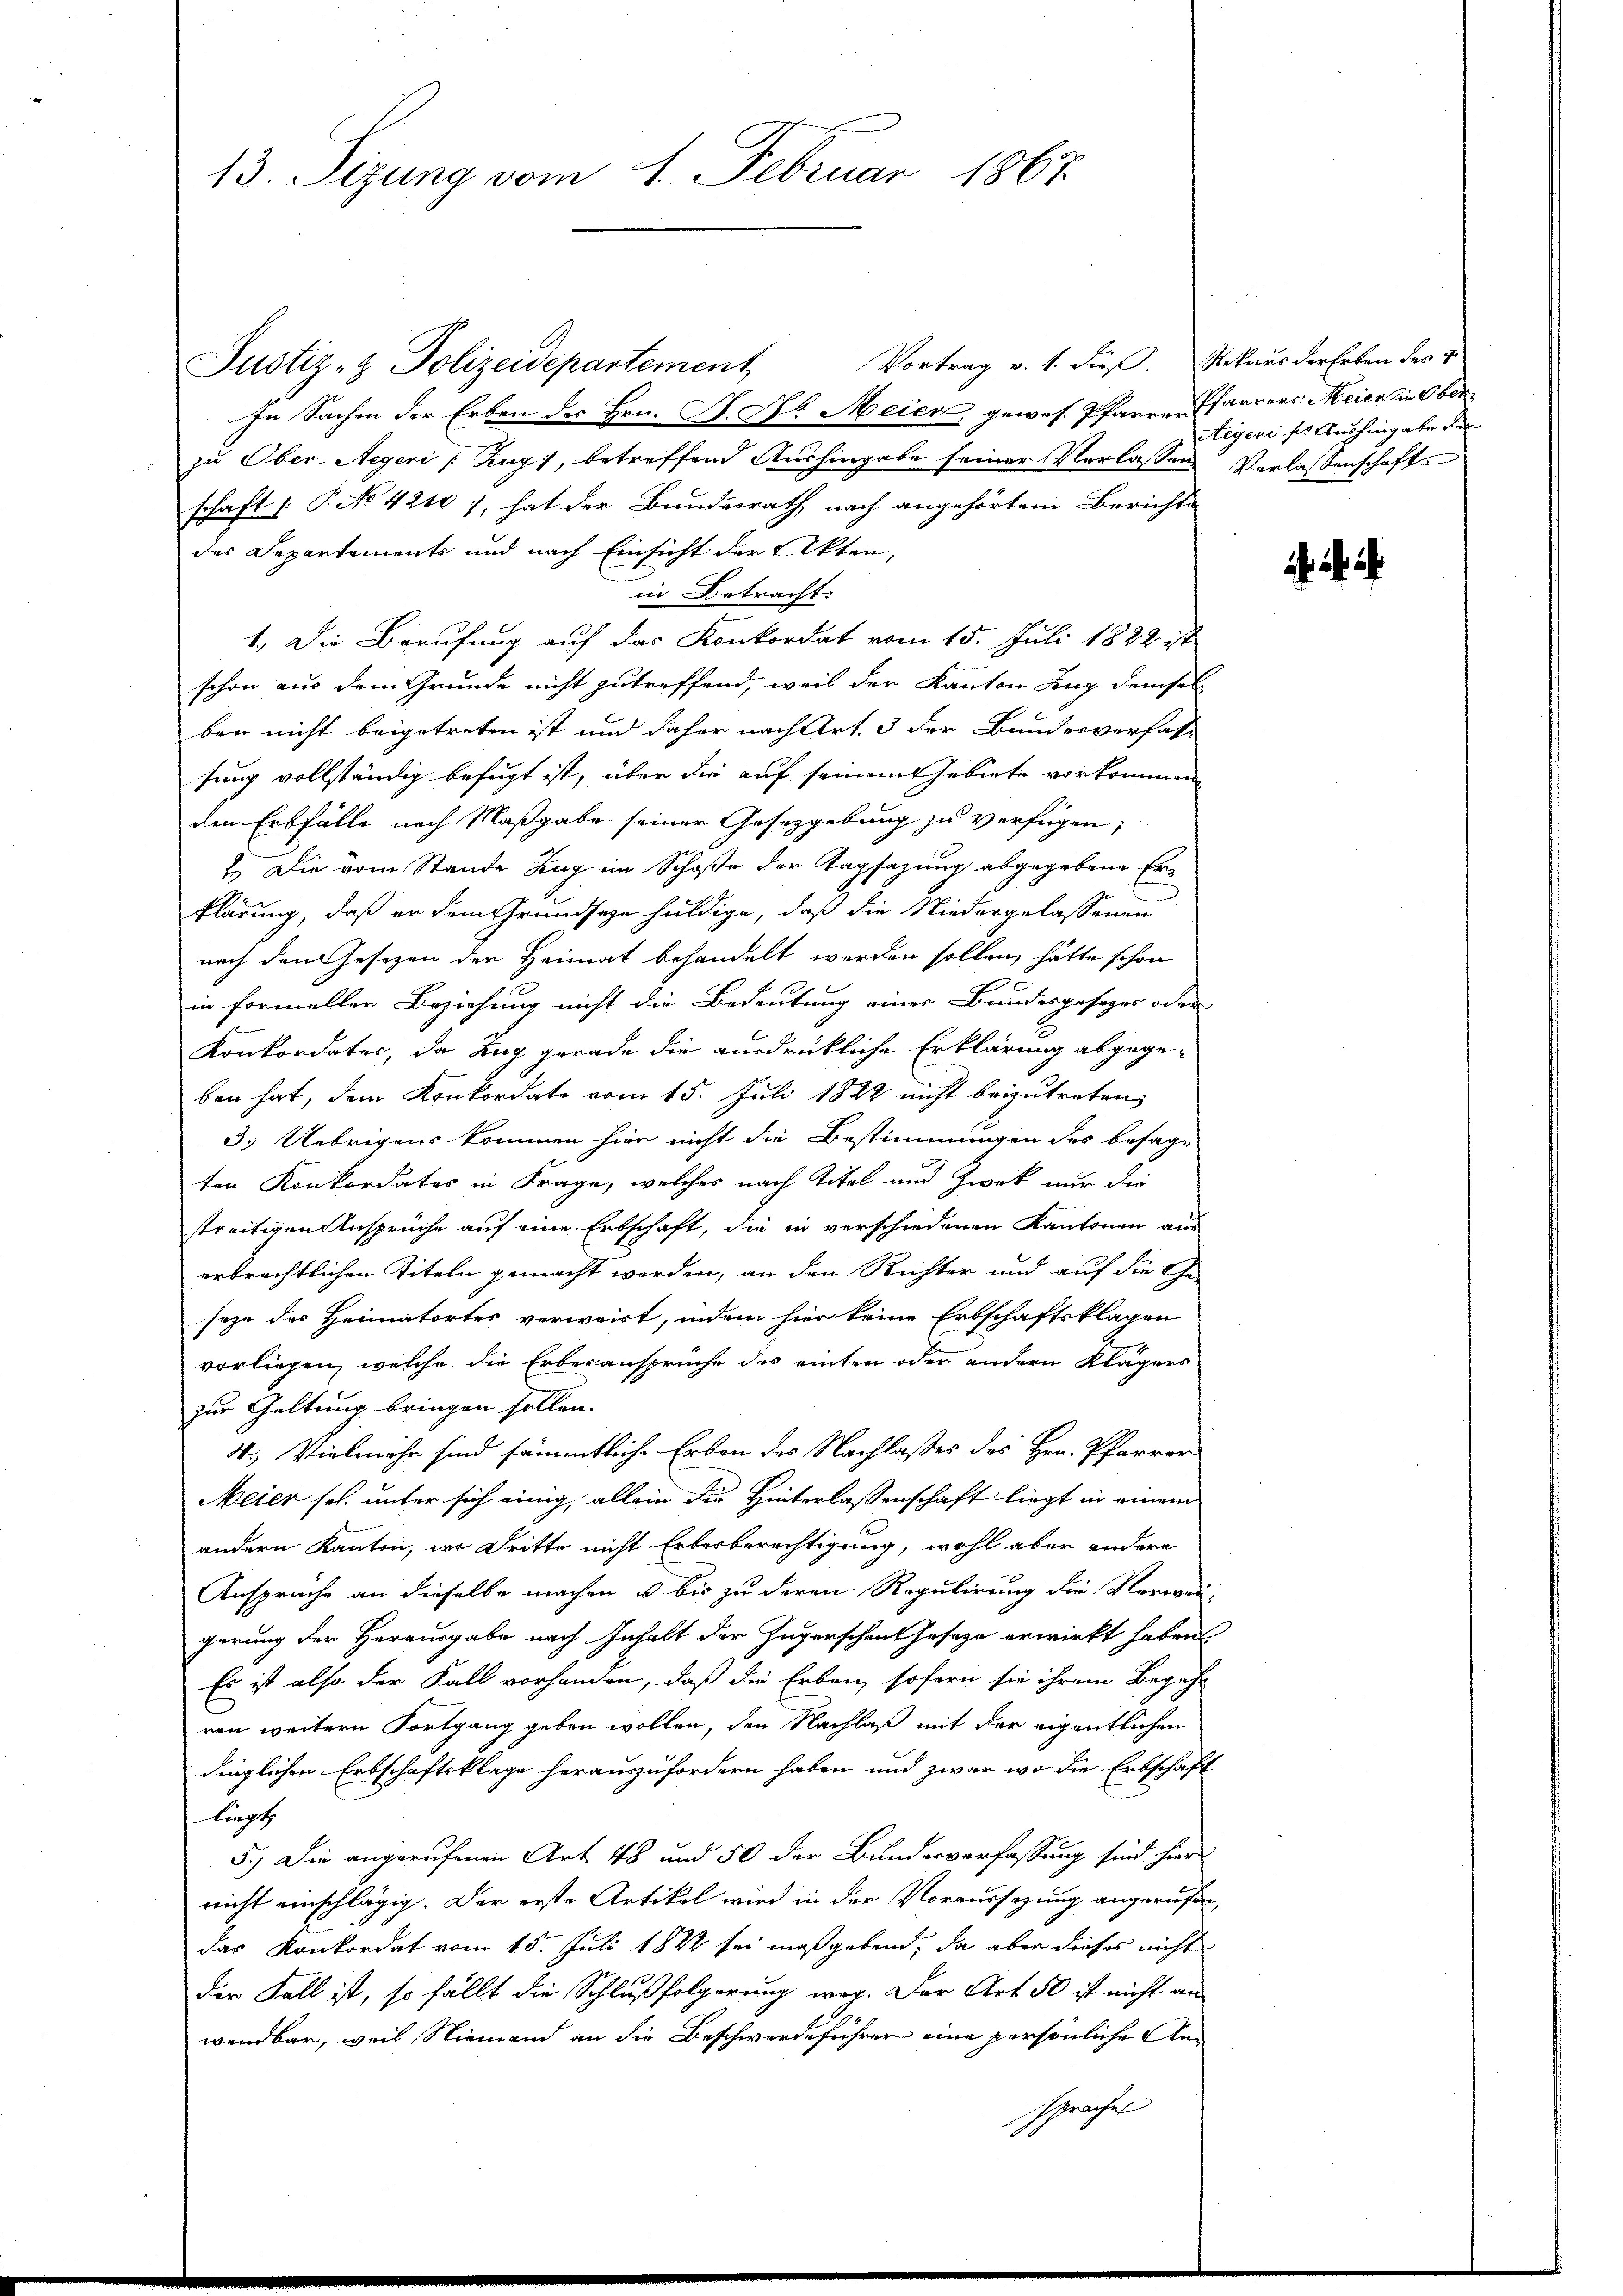
13. Sizung vom 1. Februar 1867

Vortrag v. 1. dieß. Rekurs der Erben des v
In Sachen der Erben des Hrn. P. Nr. Meier, gewes. Pfarrer Pfarrers Meier in Ober
zu Ober-Aegeri Zug, betreffend Aushingabe seiner Verlassens Verlassenschafte
schaft |: P. No 42101, hat der Bundesrath nach angehörtem Berichte
des Departements und nach Einsicht der Akten,
in Betracht.
1.) Die Berufung auf das Konkordat vom 15. Juli 1882 ist
schon aus dem Grunde nicht zutreffend, weil der Kanton Zug demsel
ber nicht beigetreten ist und daher nach Art. 3 der Bundesverfahsung vollständig befugt ist, über die auf seinem Gebiete vorkommen
den Erbfälle nach Maßgabe seiner Gesetzgebung zu verfügen;
2. Die vom Stande Zug im Schoße der Tagsazung abgegebene Erklärung, daß er dem Grundsaze huldige, daß die Niedergelassenen
nach den Gesetzen der Heimat behandelt werden sollen, hätte schon
in formeller Beziehung nicht die Bedeutung eines Bundesgesezes oder
Konkordater, da Zug gerade die ausdrückliche Erklärung abgegeben hat, dem Konkordate vom 15. Juli 1822 nicht beizutreten,
3.) Uebrigens kommen hier nicht die Bestimmungen des besage
ten Konkordates in Frage, welches nach Titel und Zwek nur die
streitigen Ansprüche auf eine Erbschaft, die in verschiedenen Kantonen aus
erbrechtlichen Titeln gemacht werden, an den Richter und auf die Geseze des Heimatortes verwaist, indem hier keine Erbschaftsklagen
vorliegen, welche die Erbesansprüche des einten oder andern Klägers
zur Geltung bringen sollen.
4. Vielmehr sind sämmtliche Erben des Nachlaßes des Hrn. Pfarrer
Meier sel. unter sich einig, allein die Hinterlassenschaft liegt in einem
andern Kanton, wo dritte nicht Erberberechtigung, wohl aber andere
Ansprüche an dieselbe machen u bis zu deren Regulirung die Verwei-
gerung der Herausgabe nach Inhalt der Zugerschentheseze erwirkt haben
Es ist also der Fall vorhanden, daß die Erben sofern sie ihrem Begehr
ren weitern Fortgang geben wollen, den Nachlaß mit der eigentlichen
dinglichen Erbschaftsklage herauszufordern haben und zwar wo die Erbschaft
liegt
5.) Die angerufenen Art 48 und 50 der Bundesverfassung sind hier
richt einschlägig. Der erste Artikel wird in der Voraussezung angerufen,
das Konkordat vom 15. Juli 1882 sei maßgebend, da aber dieses nicht
der Fall ist, so fällt die Schlußfolgerung weg. Der Art 50 ist nicht an
wendbar, weil Niemand an die Beschwerdeführer eine persönliche Ansprachen

Justiz- & Polizeidepartement

Aegeri ser Aushingabe den